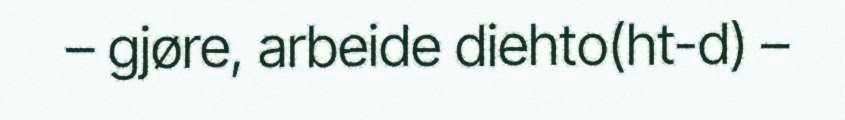
– gjøre, arbeide diehto(ht-d) –